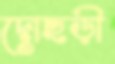
দোছড়ী